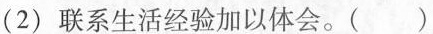
2)联系生活经验加以体会。()